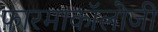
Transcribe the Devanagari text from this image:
फ़ारमाकॉलोजी